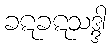
ခဋခဋသဒ္ဒါ